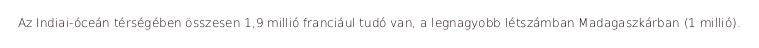
Az Indiai-óceán térségében összesen 1,9 millió franciául tudó van, a legnagyobb létszámban Madagaszkárban (1 millió).